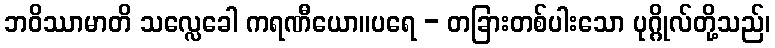
ဘဝိဿာမာတိ သလ္လေခေါ ကရဏီယော။ပရေ - တခြားတစ်ပါးသော ပုဂ္ဂိုလ်တို့သည်၊